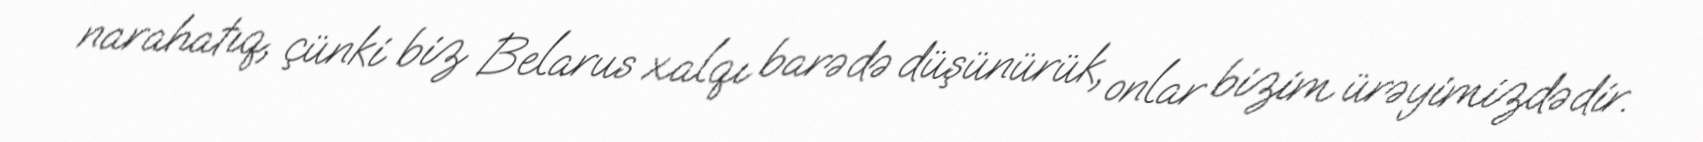
narahatıq, çünki biz Belarus xalqı barədə düşünürük, onlar bizim ürəyimizdədir.